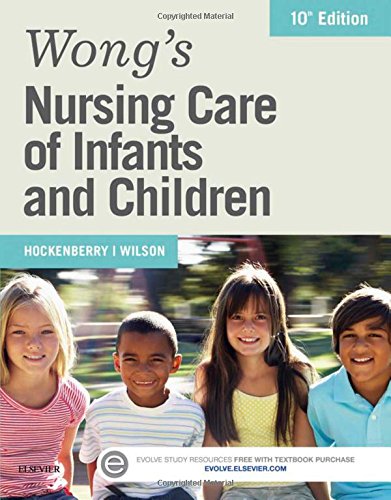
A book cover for Wong's Nursing Care of Infants and Children, 10e; Marilyn J. Hockenberry PhD  RN  PNP-BC  FAAN; Medical Books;